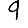
Digit: 9